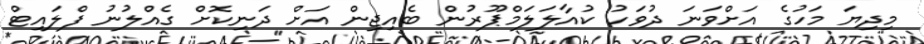
މިދިޔަ މަހުގެ އަށްވަނަ ދުވަހު ކުއާލަލަމްޕޫރުން ބެއިޖިން އަށް ދަނިކޮށް ގެއްލުނު ފްލައިޓް